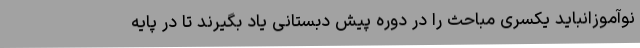
نوآموزانباید یکسری مباحث را در دوره پیش دبستانی یاد بگیرند تا در پایه